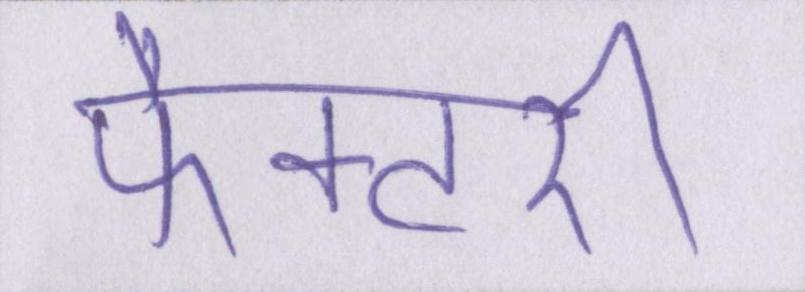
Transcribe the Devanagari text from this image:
फैक्टरी